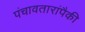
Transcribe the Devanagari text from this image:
पंचावतारांपैकी